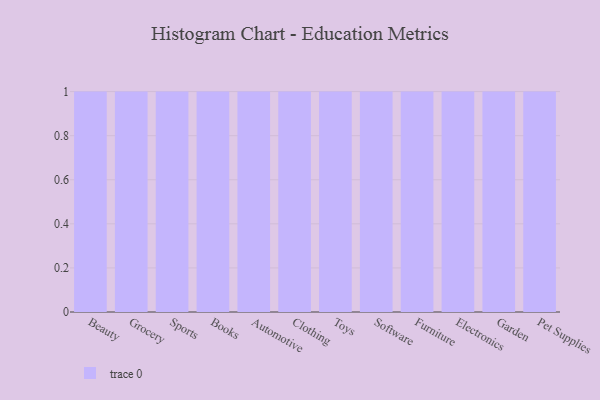
{"axis": {"x": "Category", "y": "Page Views"}, "legend": [""], "data": [{"x": "Beauty", "y": 23, "type": ""}, {"x": "Grocery", "y": 18, "type": ""}, {"x": "Sports", "y": 98, "type": ""}, {"x": "Books", "y": 81, "type": ""}, {"x": "Automotive", "y": 65, "type": ""}, {"x": "Clothing", "y": 93, "type": ""}, {"x": "Toys", "y": 28, "type": ""}, {"x": "Software", "y": 13, "type": ""}, {"x": "Furniture", "y": 56, "type": ""}, {"x": "Electronics", "y": 69, "type": ""}, {"x": "Garden", "y": 3, "type": ""}, {"x": "Pet Supplies", "y": 22, "type": ""}]}